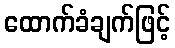
ထောက်ခံချက်ဖြင့်